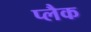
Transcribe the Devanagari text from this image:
प्लैक